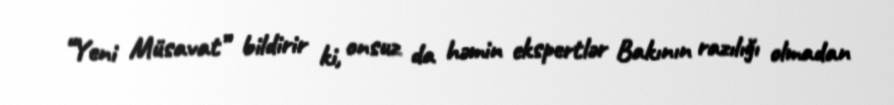
“Yeni Müsavat” bildirir ki, onsuz da həmin ekspertlər Bakının razılığı olmadan